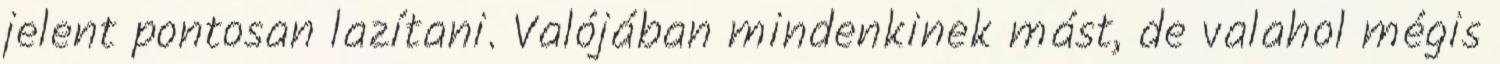
jelent pontosan lazítani. Valójában mindenkinek mást, de valahol mégis